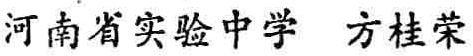
河南省实验中学 方桂荣